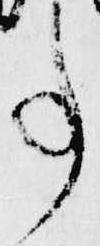
事